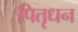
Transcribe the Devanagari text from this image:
पितृधन